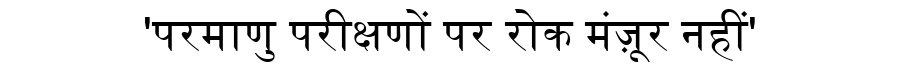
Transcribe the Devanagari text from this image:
'परमाणु परीक्षणों पर रोक मंज़ूर नहीं'